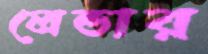
লেন্ডার